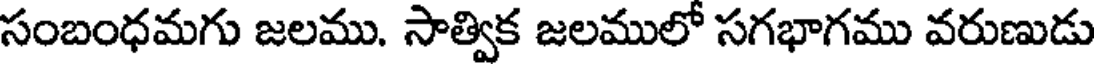
సంబంధమగు జలము. సాత్విక జలములో సగభాగము వరుణుడు